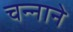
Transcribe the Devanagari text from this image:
चन्‍नाने